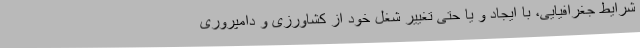
شرایط جغرافیایی، با ایجاد و یا حتی تغییر شغل خود از کشاورزی و دامپروری